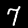
Digit: 7